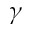
\gamma